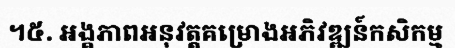
។៥. អង្គភាពអនុវត្តគម្រោងអភិវឌ្ឍន៍កសិកម្ម